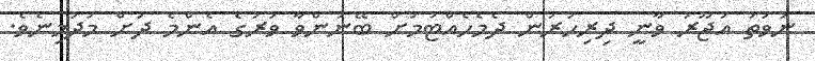
ނުވަތަ އުޖޫރަ ވާނީ ދިރިހުރުން ދެމެހެއްޓުމަށް ބޭނުންވާ ވަރުގެ އެންމެ ދަށް މަދުމިނެވެ.